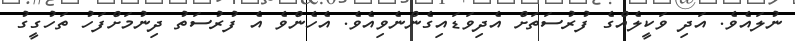
ނުލައެވެ. އަދި ވަކީލެއްގެ ފުރުސަތަށް އެދިވަޑައިގެންނެވިއެވެ. އެހެންވެ އެ ފުރުސަތު ދިނުމަށްފަހު ތަހުގީގު